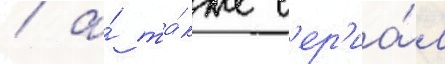
/ а́ та́кже с'ер'иа́л